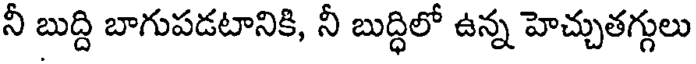
నీ బుద్ది బాగుపడటానికి, నీ బుద్ధిలో ఉన్న హెచ్చుతగ్గులు